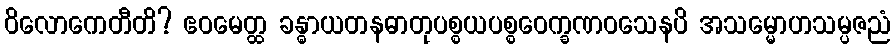
ဝိလောကေတီတိ? ဧဝမေတ္ထ ခန္ဓာယတနဓာတုပစ္စယပစ္စဝေက္ခဏဝသေနပိ အသမ္မောဟသမ္ပဇညံ